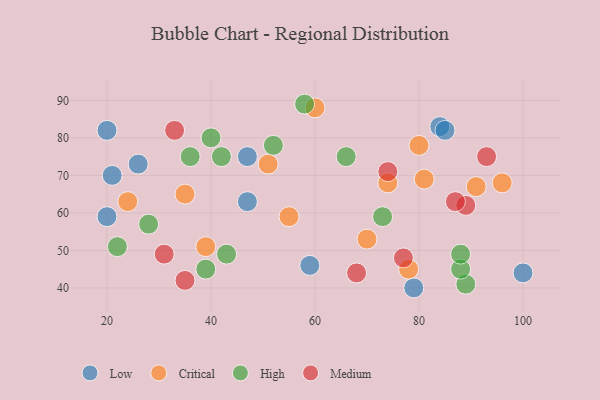
{"axis": {"x": "GDP", "y": "Life Expectancy"}, "legend": ["Critical", "High", "Low", "Medium"], "data": [{"x": "100", "y": 44, "type": "Low"}, {"x": "21", "y": 70, "type": "Low"}, {"x": "20", "y": 82, "type": "Low"}, {"x": "20", "y": 59, "type": "Low"}, {"x": "47", "y": 63, "type": "Low"}, {"x": "84", "y": 83, "type": "Low"}, {"x": "26", "y": 73, "type": "Low"}, {"x": "85", "y": 82, "type": "Low"}, {"x": "79", "y": 40, "type": "Low"}, {"x": "47", "y": 75, "type": "Low"}, {"x": "59", "y": 46, "type": "Low"}, {"x": "96", "y": 68, "type": "Critical"}, {"x": "39", "y": 51, "type": "Critical"}, {"x": "81", "y": 69, "type": "Critical"}, {"x": "24", "y": 63, "type": "Critical"}, {"x": "91", "y": 67, "type": "Critical"}, {"x": "78", "y": 45, "type": "Critical"}, {"x": "74", "y": 68, "type": "Critical"}, {"x": "51", "y": 73, "type": "Critical"}, {"x": "35", "y": 65, "type": "Critical"}, {"x": "80", "y": 78, "type": "Critical"}, {"x": "55", "y": 59, "type": "Critical"}, {"x": "70", "y": 53, "type": "Critical"}, {"x": "60", "y": 88, "type": "Critical"}, {"x": "22", "y": 51, "type": "High"}, {"x": "42", "y": 75, "type": "High"}, {"x": "58", "y": 89, "type": "High"}, {"x": "40", "y": 80, "type": "High"}, {"x": "39", "y": 45, "type": "High"}, {"x": "36", "y": 75, "type": "High"}, {"x": "66", "y": 75, "type": "High"}, {"x": "28", "y": 57, "type": "High"}, {"x": "89", "y": 41, "type": "High"}, {"x": "88", "y": 45, "type": "High"}, {"x": "52", "y": 78, "type": "High"}, {"x": "88", "y": 49, "type": "High"}, {"x": "73", "y": 59, "type": "High"}, {"x": "43", "y": 49, "type": "High"}, {"x": "68", "y": 44, "type": "Medium"}, {"x": "74", "y": 71, "type": "Medium"}, {"x": "77", "y": 48, "type": "Medium"}, {"x": "31", "y": 49, "type": "Medium"}, {"x": "35", "y": 42, "type": "Medium"}, {"x": "89", "y": 62, "type": "Medium"}, {"x": "87", "y": 63, "type": "Medium"}, {"x": "93", "y": 75, "type": "Medium"}, {"x": "33", "y": 82, "type": "Medium"}]}